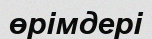
өрімдері